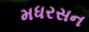
મધરસન